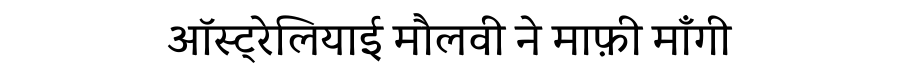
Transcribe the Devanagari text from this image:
ऑस्ट्रेलियाई मौलवी ने माफ़ी माँगी